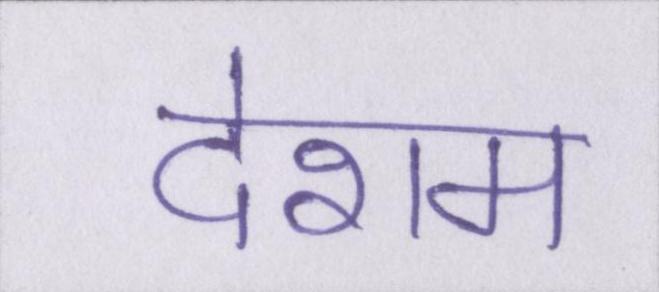
देशम